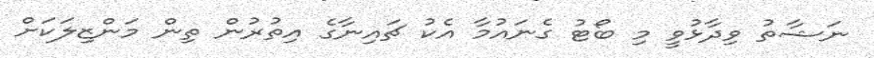
ނަޝާތު ވިދާޅުވީ މި ބޯޓު ގެނައުމާ އެކު ޗައިނާގެ އިތުރުން ތިން މަންޒިލަކަށް